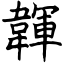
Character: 韗